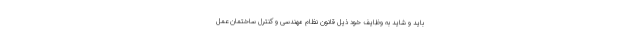
باید و شاید به وظایف خود ذیل قانون نظام مهندسی و کنترل ساختمان عمل